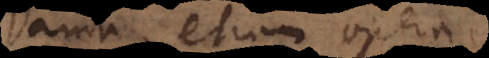
Danda etiam opera